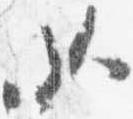
如